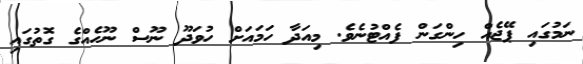
ނަމުގައި ޕޭޖެއް ހިންގަން ފެއްޓުނެވެ. މިއަދާ ހަމައަށް ހުވަދޫ ނޫސް ނޫހެއްގެ ގޮތުގައި